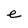
Character: e